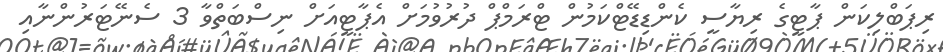
ރިޕަބްލިކަން ޕާޓީގެ ރިޔާސީ ކެންޑިޑޭޓްކަމުން ޓްރަމްޕް ދުރުވުމަށް އެޕާޓީއަށް ނިސްބަތްވާ 3 ސެނޭޓަރުންނާއި